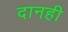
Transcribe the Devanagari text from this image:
दानही